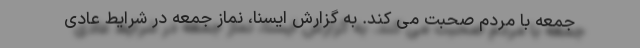
جمعه با مردم صحبت می کند. به گزارش ایسنا، نماز جمعه در شرایط عادی